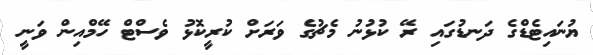
ޔުނައިޓެޑްގެ ދަނޑުގައި ރޭ ކުޅުނު މެޗުގެ ވަރަށް ކުރީކޮޅު ވެސްޓް ހޭމްއިން ވަނީ